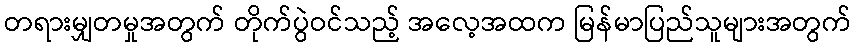
တရားမျှတမှုအတွက် တိုက်ပွဲဝင်သည့် အလေ့အထက မြန်မာပြည်သူများအတွက်